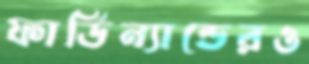
ফার্ডিন্যান্ডেরও